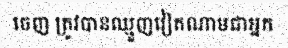
ចេញ ត្រូវបានឈ្មួញវៀតណាមជាអ្នក